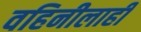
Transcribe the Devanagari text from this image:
वहिनीलाही